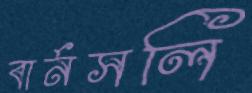
বার্নসলি